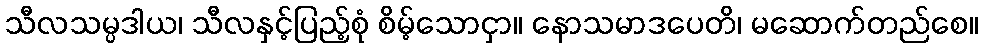
သီလသမ္ပဒါယ၊ သီလနှင့်ပြည့်စုံ စိမ့်သောငှာ။ နောသမာဒပေတိ၊ မဆောက်တည်စေ။